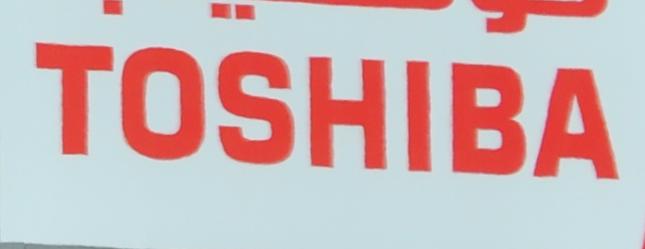
toshiba